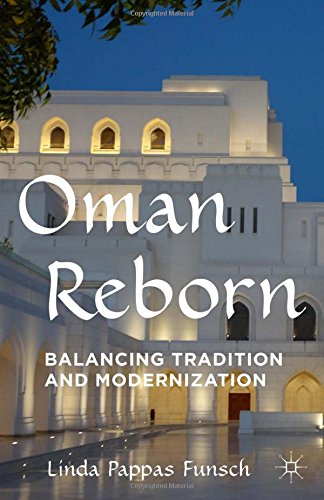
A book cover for Oman Reborn: Balancing Tradition and Modernization; Linda Pappas Funsch; History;